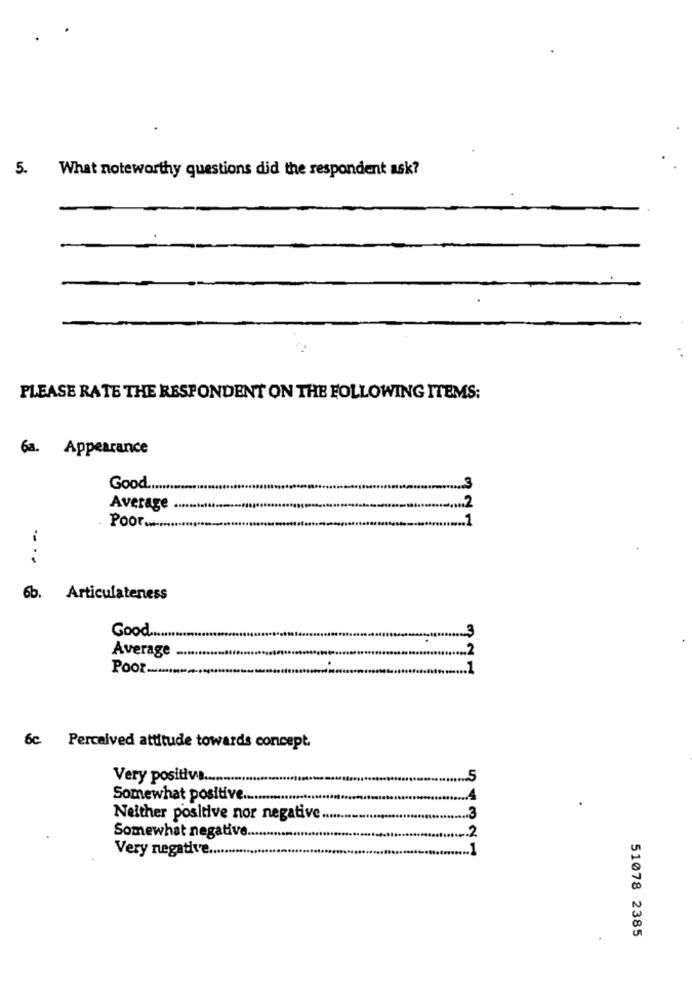
5.
What noteworthy questions did the respondent ask?
PLEASE RATE THE RESPONDENT ON THE FOLLOWING ITEMS;
6a. Appearance
Good ......
Average
Poor .......
6b.
Articulateness
Good .....
2
Average
Poor -......
6c. Perceived attitude towards concept.
Very positive.
Somewhat positive ....
Neither positive nor negative
.3
2
Somewhat negative.
Very negative ...
54321
51078 2385